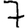
Digit: 7